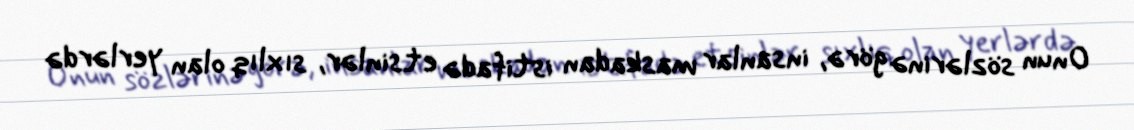
Onun sözlərinə görə, insanlar maskadan istifadə etsinlər, sıxlıq olan yerlərdə